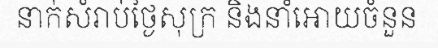
នាក់សំរាប់ថ្ងៃសុក្រ និងនាំអោយចំនួន